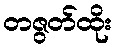
တဇွတ်ထိုး